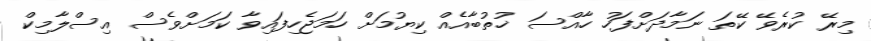
މިރޭ ކުރެވޭ ކޭތަ ނަމާދަށްފަހު ހާއްސަ ޚުތުބާއެއް ކިޔުމަށް ހަމަޖެހިފައިވާ ކަމަށްވެސް އިސްލާމިކް